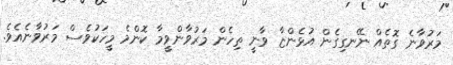
މަރުވާނެ ގޮތެެއް ނޭނގިގެން އުޅެންޏާ ވާނީ ތިހެން މަރުވާންވީމާ ކޮންމެ މީހަކުވެސް މަރުވާނެއެވެ.